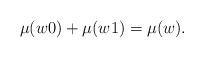
LaTeX: \begin{align*}\mu(w0)+\mu(w1)=\mu(w).\end{align*}